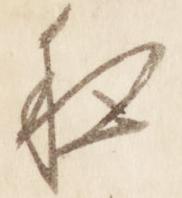
夜